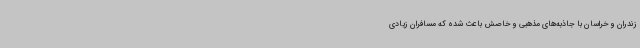
زندران و خراسان با جاذبه‌های مذهبی و خاصش باعث شده که مسافران زیادی